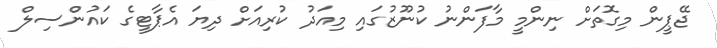
ޖޭޕީން މިގޮތަށް ނިންމީ މާފަންނު ކުނޫޒުގައި މިއަދު ކުރިއަށް ދިޔަ އެޕާޓީގެ ކައުންސިލް